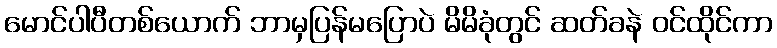
မောင်ပါပီတစ်ယောက် ဘာမှပြန်မပြောပဲ မိမိခုံတွင် ဆတ်ခနဲ ဝင်ထိုင်ကာ